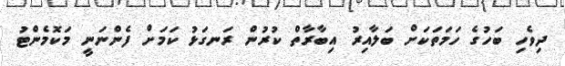
ދިވެހި ބަހުގެ ހަމަތަކަށް ބަލާއިރު އިބާރާތް ކުރުން ރަނގަޅު ކަމަށް ފެންނަނީ މަކޮމެންޓު